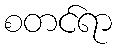
စတင်ရာ